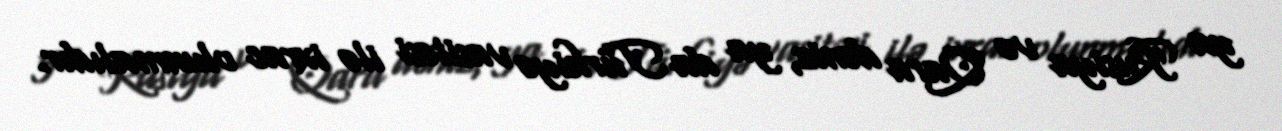
ya Rusiya və Qara dəniz, ya da Türkiyə vasitəsi ilə ixrac olunmalıdır.